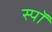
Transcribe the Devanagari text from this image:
स्पॉ